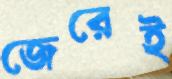
জেরেই